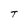
Character: T